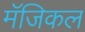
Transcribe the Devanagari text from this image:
मॅजिकल